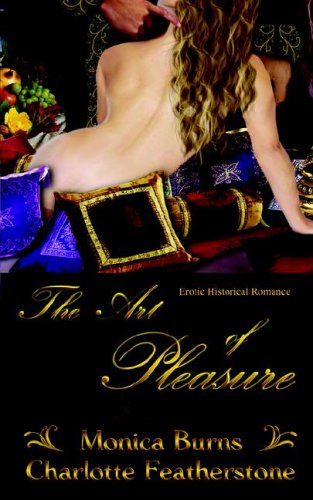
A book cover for Art of Pleasure, The; Monica Burns; Romance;